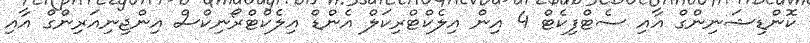
ކޮންޑިޝަނިންގް އާއި ސެޓްފިކެޓް 4 އިން އިލެކްޓްރިކަލް އެންޑް އިލެކްޓްރޯނިކްސް އިންޖިނިއަރިންގް އާއި